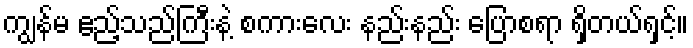
ကျွန်မ ဧည့်သည်ကြီးနဲ့ စကားလေး နည်းနည်း ပြောစရာ ရှိတယ်ရှင့်။